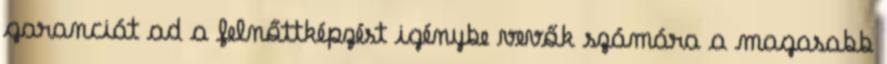
garanciát ad a felnőttképzést igénybe vevők számára a magasabb